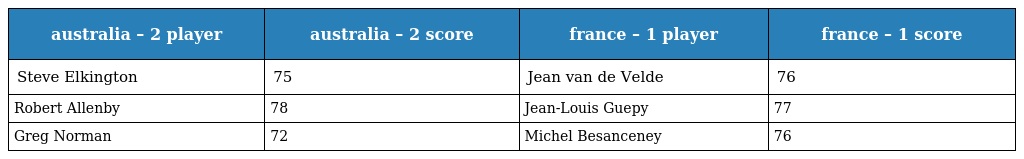
| australia – 2 player | australia – 2 score | france – 1 player | france – 1 score |
 | --- | --- | --- | --- |
 | Steve Elkington | 75 | Jean van de Velde | 76 |
 | Robert Allenby | 78 | Jean-Louis Guepy | 77 |
 | Greg Norman | 72 | Michel Besanceney | 76 |